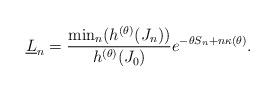
LaTeX: \begin{align*}\underline{L}_n = \frac{\min_n(h^{(\theta)}(J_n))}{h^{(\theta)}(J_0)}e^{-\theta{S_n}+n\kappa(\theta)}.\end{align*}